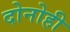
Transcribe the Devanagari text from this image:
दोनोही